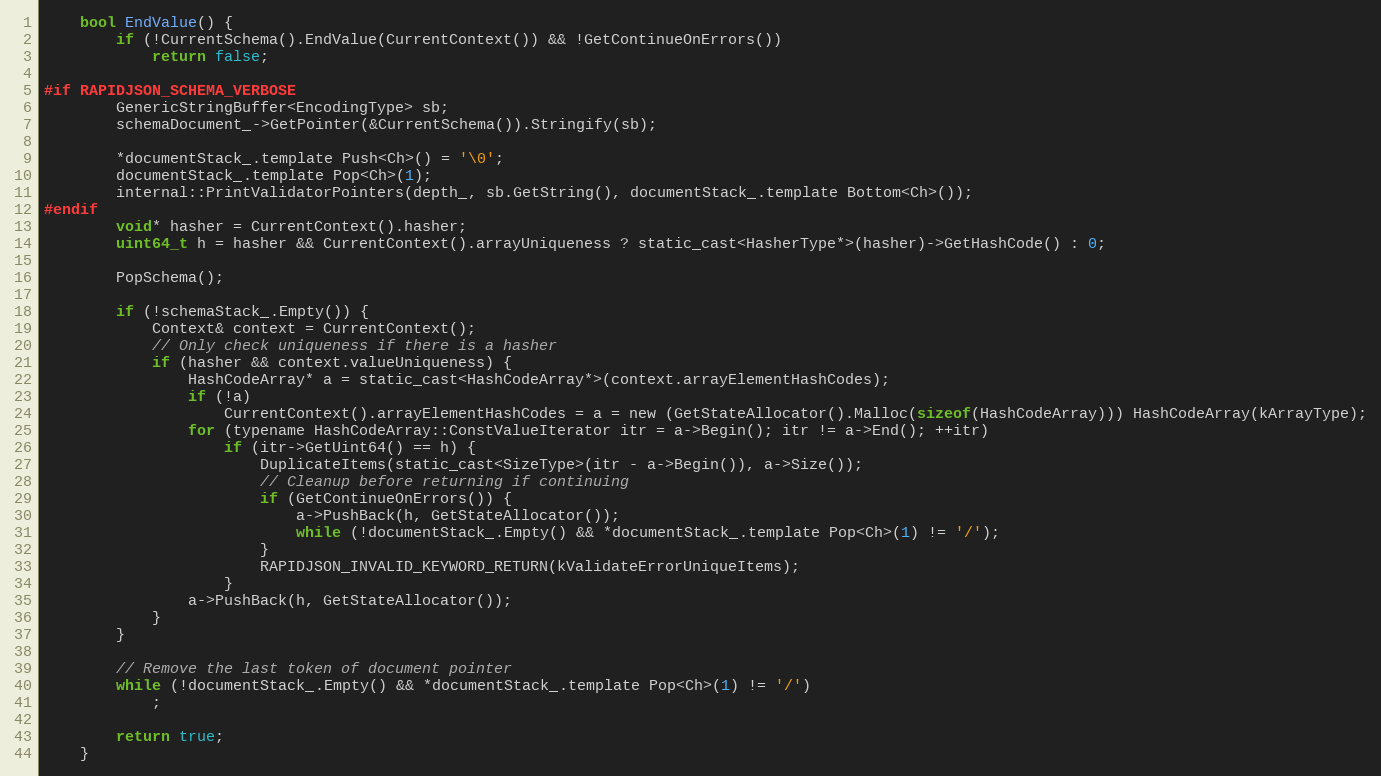
Language: C
    bool EndValue() {
        if (!CurrentSchema().EndValue(CurrentContext()) && !GetContinueOnErrors())
            return false;

#if RAPIDJSON_SCHEMA_VERBOSE
        GenericStringBuffer<EncodingType> sb;
        schemaDocument_->GetPointer(&CurrentSchema()).Stringify(sb);

        *documentStack_.template Push<Ch>() = '\0';
        documentStack_.template Pop<Ch>(1);
        internal::PrintValidatorPointers(depth_, sb.GetString(), documentStack_.template Bottom<Ch>());
#endif
        void* hasher = CurrentContext().hasher;
        uint64_t h = hasher && CurrentContext().arrayUniqueness ? static_cast<HasherType*>(hasher)->GetHashCode() : 0;

        PopSchema();

        if (!schemaStack_.Empty()) {
            Context& context = CurrentContext();
            // Only check uniqueness if there is a hasher
            if (hasher && context.valueUniqueness) {
                HashCodeArray* a = static_cast<HashCodeArray*>(context.arrayElementHashCodes);
                if (!a)
                    CurrentContext().arrayElementHashCodes = a = new (GetStateAllocator().Malloc(sizeof(HashCodeArray))) HashCodeArray(kArrayType);
                for (typename HashCodeArray::ConstValueIterator itr = a->Begin(); itr != a->End(); ++itr)
                    if (itr->GetUint64() == h) {
                        DuplicateItems(static_cast<SizeType>(itr - a->Begin()), a->Size());
                        // Cleanup before returning if continuing
                        if (GetContinueOnErrors()) {
                            a->PushBack(h, GetStateAllocator());
                            while (!documentStack_.Empty() && *documentStack_.template Pop<Ch>(1) != '/');
                        }
                        RAPIDJSON_INVALID_KEYWORD_RETURN(kValidateErrorUniqueItems);
                    }
                a->PushBack(h, GetStateAllocator());
            }
        }

        // Remove the last token of document pointer
        while (!documentStack_.Empty() && *documentStack_.template Pop<Ch>(1) != '/')
            ;

        return true;
    }